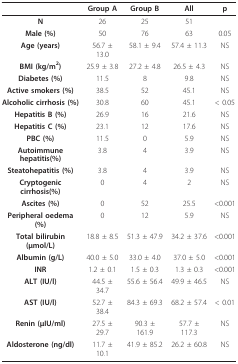
<table><thead><tr><td>[EMPTY_CELL]</td><td><b>Group A</b></td><td><b>Group B</b></td><td><b>All</b></td><td><b>p</b></td></tr></thead><tbody><tr><td><b>N</b></td><td>26</td><td>25</td><td>51</td><td>[EMPTY_CELL]</td></tr><tr><td><b>Male (%)</b></td><td>50</td><td>76</td><td>63</td><td>0.05</td></tr><tr><td><b>Age (years)</b></td><td>56.7 ± 13.0</td><td>58.1 ± 9.4</td><td>57.4 ± 11.3</td><td>NS</td></tr><tr><td><b>BMI (kg/m<sup>2</sup>)</b></td><td>25.9 ± 3.8</td><td>27.2 ± 4.8</td><td>26.5 ± 4.3</td><td>NS</td></tr><tr><td><b>Diabetes (%)</b></td><td>11.5</td><td>8</td><td>9.8</td><td>NS</td></tr><tr><td><b>Active smokers (%)</b></td><td>38.5</td><td>52</td><td>45.1</td><td>NS</td></tr><tr><td><b>Alcoholic cirrhosis (%)</b></td><td>30.8</td><td>60</td><td>45.1</td><td>&lt; 0.05</td></tr><tr><td><b>Hepatitis B (%)</b></td><td>26.9</td><td>16</td><td>21.6</td><td>NS</td></tr><tr><td><b>Hepatitis C (%)</b></td><td>23.1</td><td>12</td><td>17.6</td><td>NS</td></tr><tr><td><b>PBC (%)</b></td><td>11.5</td><td>0</td><td>5.9</td><td>NS</td></tr><tr><td><b>Autoimmune hepatitis(%)</b></td><td>3.8</td><td>4</td><td>3.9</td><td>NS</td></tr><tr><td><b>Steatohepatitis (%)</b></td><td>3.8</td><td>4</td><td>3.9</td><td>NS</td></tr><tr><td><b>Cryptogenic cirrhosis(%)</b></td><td>0</td><td>4</td><td>2</td><td>NS</td></tr><tr><td><b>Ascites (%)</b></td><td>0</td><td>52</td><td>25.5</td><td>&lt; 0.001</td></tr><tr><td><b>Peripheral oedema (%)</b></td><td>0</td><td>12</td><td>5.9</td><td>NS</td></tr><tr><td><b>Total bilirubin (μmol/L)</b></td><td>18.8 ± 8.5</td><td>51.3 ± 47.9</td><td>34.2 ± 37.6</td><td>&lt; 0.001</td></tr><tr><td><b>Albumin (g/L)</b></td><td>40.0 ± 5.0</td><td>33.0 ± 4.0</td><td>37.0 ± 5.0</td><td>&lt; 0.001</td></tr><tr><td><b>INR</b></td><td>1.2 ± 0.1</td><td>1.5 ± 0.3</td><td>1.3 ± 0.3</td><td>&lt; 0.001</td></tr><tr><td><b>ALT (IU/l)</b></td><td>44.5 ± 34.7</td><td>55.6 ± 56.4</td><td>49.9 ± 46.5</td><td>NS</td></tr><tr><td><b>AST (IU/l)</b></td><td>52.7 ± 38.4</td><td>84.3 ± 69.3</td><td>68.2 ± 57.4</td><td>&lt; 0.01</td></tr><tr><td><b>Renin (μIU/ml)</b></td><td>27.5 ± 29.7</td><td>90.3 ± 161.9</td><td>57.7 ± 117.3</td><td>NS</td></tr><tr><td><b>Aldosterone (ng/dl)</b></td><td>11.7 ± 10.1</td><td>41.9 ± 85.2</td><td>26.2 ± 60.8</td><td>NS</td></tr></tbody></table>